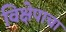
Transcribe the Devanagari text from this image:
विक्षेपाचा